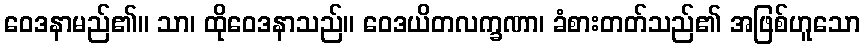
ဝေဒနာမည်၏။ သာ၊ ထိုဝေဒနာသည်။ ဝေဒယိတလက္ခဏာ၊ ခံစားတတ်သည်၏ အဖြစ်ဟူသော